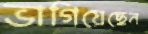
ভাগিয়েছেন